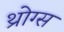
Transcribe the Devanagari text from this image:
थ्रोग्स